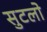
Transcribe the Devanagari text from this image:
सुटलो